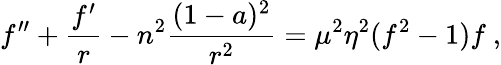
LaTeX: f^{\prime\prime}+\frac{f^{\prime}}{r}-n^{2}\frac{(1-a)^{2}}{r^{2}}=\mu^{2}\eta^{2}(f^{2}-1)f\ ,